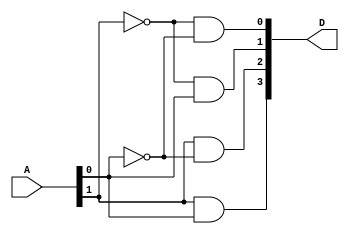
`timescale 1ns / 1ps
//////////////////////////////////////////////////////////////////////////////////
// Company: 
// Engineer: 
// 
// Design Name: 
// Module Name: decoder_2x4
// Project Name: 
// Target Devices: 
// Tool Versions: 
// Description: 
// 
// Dependencies: 
// 
// Revision:
// Revision 0.01 - File Created
// Additional Comments:
// 
//////////////////////////////////////////////////////////////////////////////////


module decoder_2x4(
    input[1:0] A,
    output[3:0] D
    );
    assign D[0] = !A[1] && !A[0];
    assign D[1] = !A[1] && A[0]; 
    assign D[2] = A[1] && !A[0];
    assign D[3] = A[1] && A[0];
endmodule